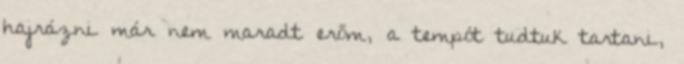
hajrázni már nem maradt erőm, a tempót tudtuk tartani,